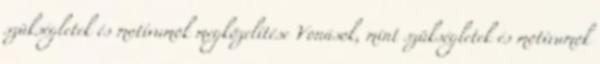
szükségletek és motívumok megközelítése Vonások, mint szükségletek és motívumok